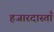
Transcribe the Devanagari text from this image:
हजारदास्ताँ